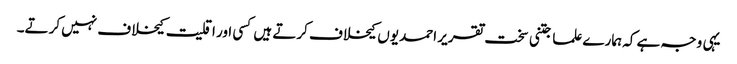
یہی وجہ ہے کہ ہمارے علما جتنی سخت تقریر احمدیوں کیخلاف کرتے ہیں کسی اور اقلیت کیخلاف نہیں کرتے۔